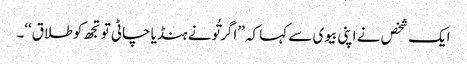
ایک شخص نے اپنی بیوی سے کہا کہ ’’اگر تُونے ہنڈیا چاٹی تو تجھ کو طلاق‘‘۔